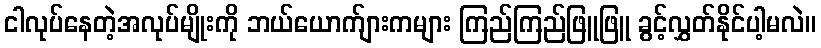
ငါလုပ်နေတဲ့အလုပ်မျိုးကို ဘယ်ယောက်ျားကများ ကြည်ကြည်ဖြူဖြူ ခွင့်လွှတ်နိုင်ပါ့မလဲ။